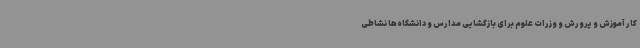
کار آموزش و پرورش و وزرات علوم برای بازگشایی مدارس و دانشگاه‌ها نشاطی